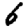
Digit: 6